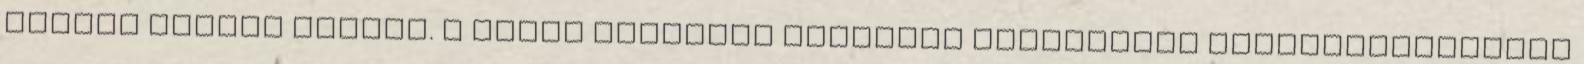
lángon puhára főzzük. A forró cukorral dolgozni fokozottan balesetveszélyes